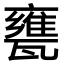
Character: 甕